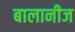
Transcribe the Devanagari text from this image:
बालानीज